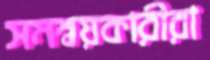
সমন্বয়কারীরা